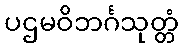
ပဌမဝိဘင်္ဂသုတ္တံ